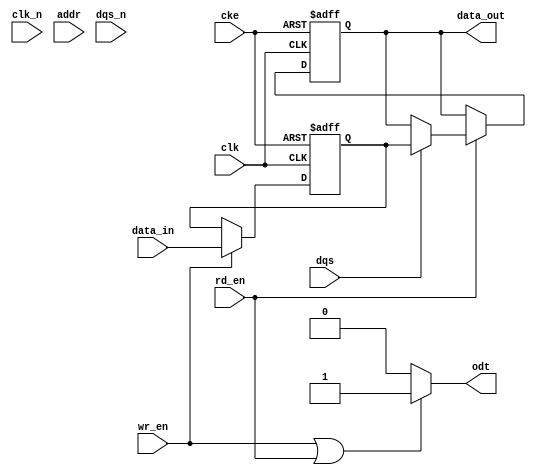
module gddr5_io_block (
    input           clk,          // Clock input
    input           clk_n,        // Inverted clock input
    input           cke,          // Clock enable
    input           wr_en,        // Write enable
    input           rd_en,        // Read enable
    input   [7:0]  data_in,      // Data input from controller (for write)
    output  reg [7:0] data_out,   // Data output to controller (for read)
    input   [12:0] addr,         // Address input
    input           dqs,          // Data strobe
    input           dqs_n,        // Inverted data strobe
    output          odt           // On-die termination
);

// Internal signals
reg [7:0] data_bus;             // Bi-directional data bus

// Handle write operation
always @(posedge clk or negedge cke) begin
    if (!cke) begin
        // Power down state
        data_bus <= 8'b0;
    end else if (wr_en) begin
        // Writing Data
        data_bus <= data_in;
    end
end

// Handle read operation
always @(posedge clk or negedge cke) begin
    if (!cke) begin
        data_out <= 8'b0; // Clear output in power down state
    end else if (rd_en) begin
        // Reading Data, data is valid on 'dqs' strobe
        if (dqs) begin
            data_out <= data_bus; 
        end
    end
end

// DQS handling
always @(posedge clk) begin
    if (dqs) begin
        // DQS is high, sample data on data bus
        // Add timing sequences for valid data here if needed
    end
end

// On-die termination signal (example logic)
assign odt = (wr_en || rd_en) ? 1'b1 : 1'b0; // Active during read/write

// Timing controller would be implemented here...

endmodule